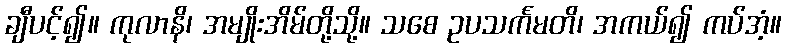
ချီပင့်၍။ ကုလာနိ၊ အမျိုးအိမ်တို့သို့။ သစေ ဥပသင်္ကမတိ၊ အကယ်၍ ကပ်အံ့။